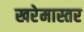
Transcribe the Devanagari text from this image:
खरेमास्तर